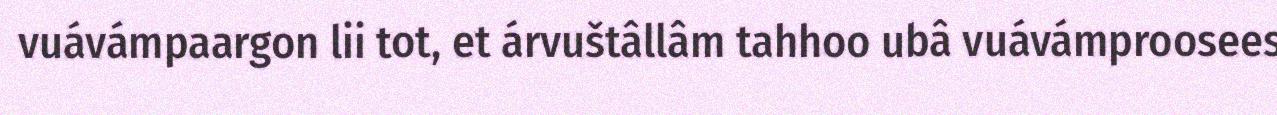
vuávámpaargon lii tot, et árvuštâllâm tahhoo ubâ vuávámproosees